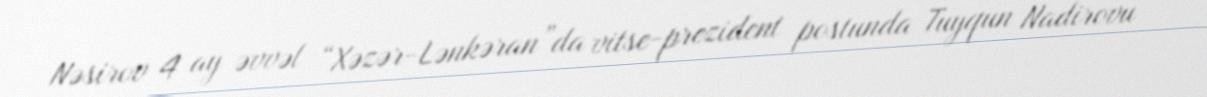
Nəsirov 4 ay əvvəl “Xəzər-Lənkəran”da vitse-prezident postunda Tuyqun Nadirovu